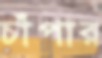
চাঁপার